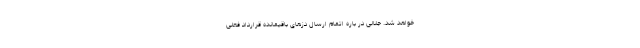
خواهد شد. جلالی در باره اتمام ارسال دُزهای باقیمانده قرارداد فعلی